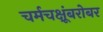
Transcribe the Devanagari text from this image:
चर्मचक्षूंबरोबर